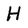
Character: H